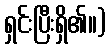
ရှင်းပြီးရှိ၏။)